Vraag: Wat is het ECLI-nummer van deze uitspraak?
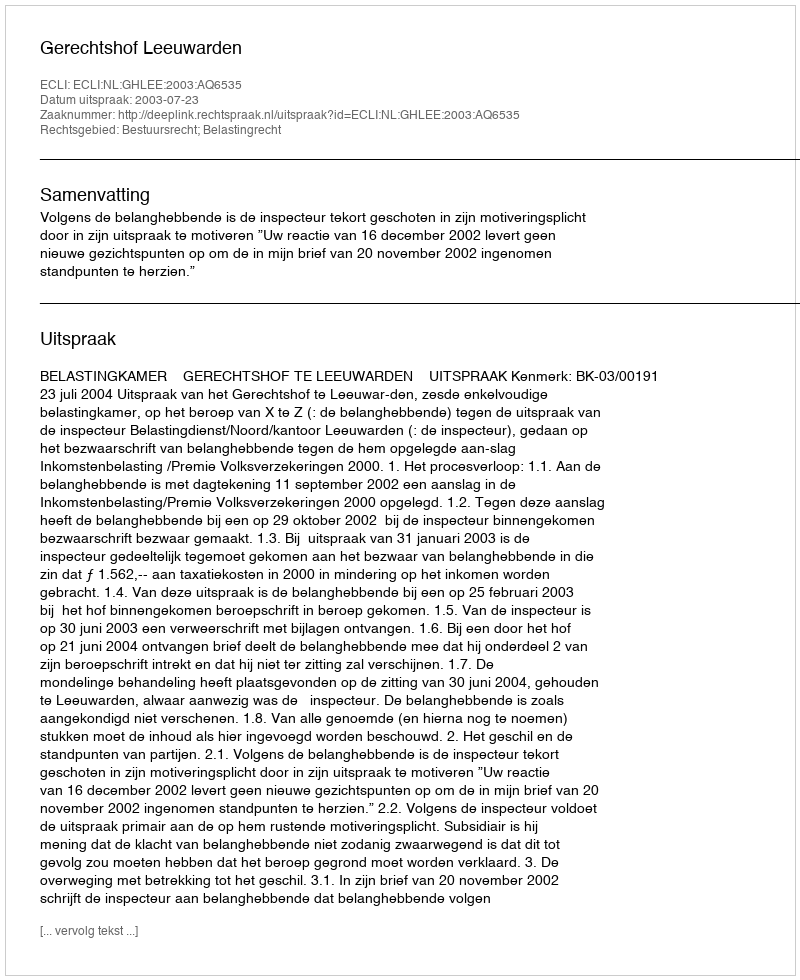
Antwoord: ECLI:NL:GHLEE:2003:AQ6535